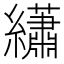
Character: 𬘎